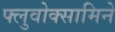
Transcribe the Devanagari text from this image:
फ्लुवोक्सामिने